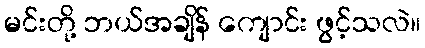
မင်းတို့ ဘယ်အချိန် ကျောင်း ဖွင့်သလဲ။